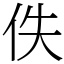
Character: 佚